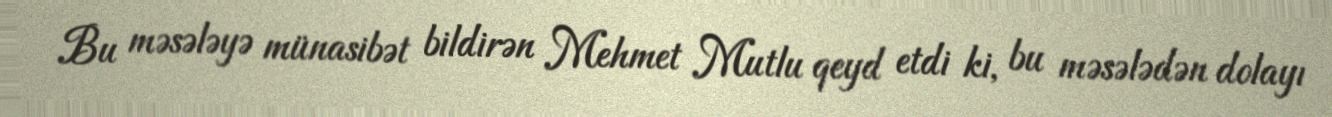
Bu məsələyə münasibət bildirən Mehmet Mutlu qeyd etdi ki, bu məsələdən dolayı